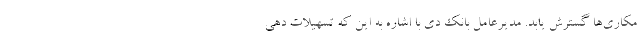
مکاری‌ها گسترش یابد. مدیرعامل بانک دی با اشاره به این که تسهیلات دهی